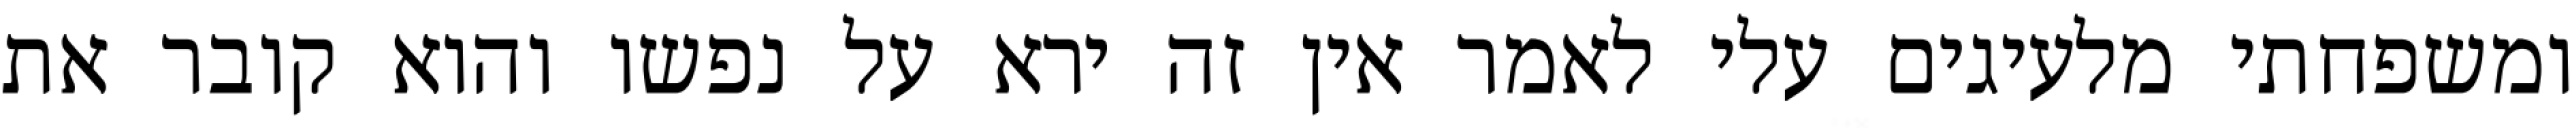
ומשפחתי מלעיגים עלי לאמר אין זה ירא על נפשו והוא קובר את